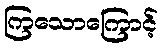
ကြသောကြောင့်